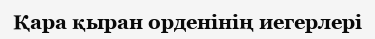
Қара қыран орденінің иегерлері